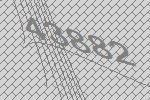
43882